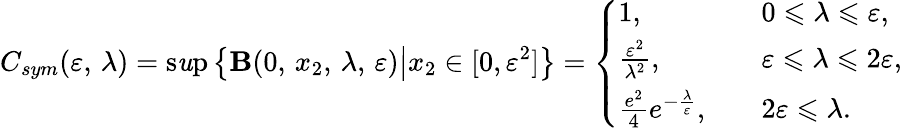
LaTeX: C_{sym}(\varepsilon,\, \lambda)=\operatorname*{s\mathit{u}p}\left\{ {\mathbf{B}}(0,\, x_{2},\, \lambda,\, \varepsilon)\big|x_{2}\in[0,\varepsilon^{2}]\right\} =\left\{ \begin{array}{ll}{1,}&{\quad 0\leqslant\lambda\leqslant\varepsilon,}\\ {\frac{\varepsilon^{2}}{\lambda^{2}},}&{\quad\varepsilon\leqslant\lambda\leqslant 2\varepsilon,}\\ {\frac{e^{2}}{4}e^{-\frac{\lambda}{\varepsilon}},}&{\quad 2\varepsilon\leqslant\lambda.}\end{array}\right.